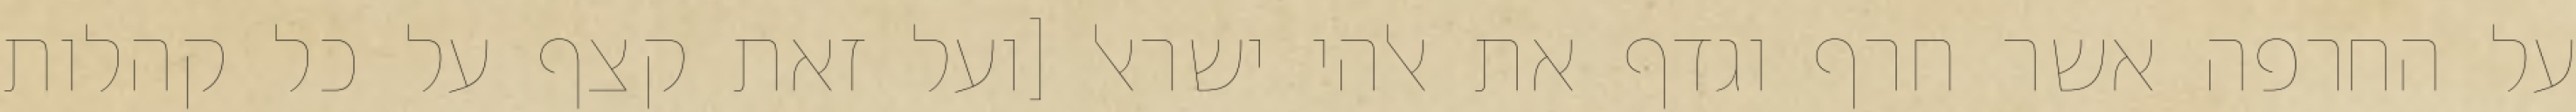
על החרפה אשר חרף וגדף את אלהי ישראל [ועל זאת קצף על כל קהלות